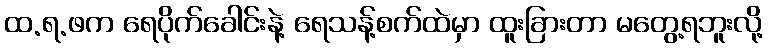
ထ.ရ.ဖက ရေပိုက်ခေါင်းနဲ့ ရေသန့်စက်ထဲမှာ ထူးခြားတာ မတွေ့ရဘူးလို့